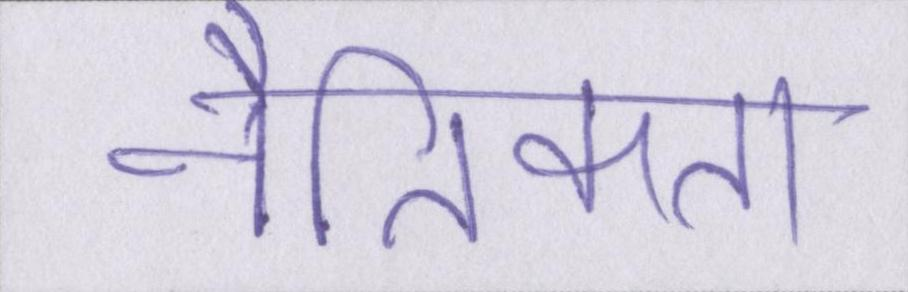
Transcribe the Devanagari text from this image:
नैतिकता